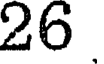
26